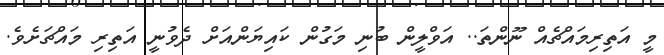
މީ އަތިރިމައްޗެއް ނޫންތަ.. އަވްލީން ބުނި މަގުން ކައިޔަންއަށް ދެވުނީ އަތިރި މައްޗަށެވެ.